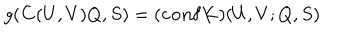
g ( { \bf C } ( U , V ) Q , S ) = ( { \bf c o n f } { \bf K } ) ( U , V ; Q , S )